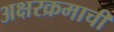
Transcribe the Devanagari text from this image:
अक्षरक्रमाची